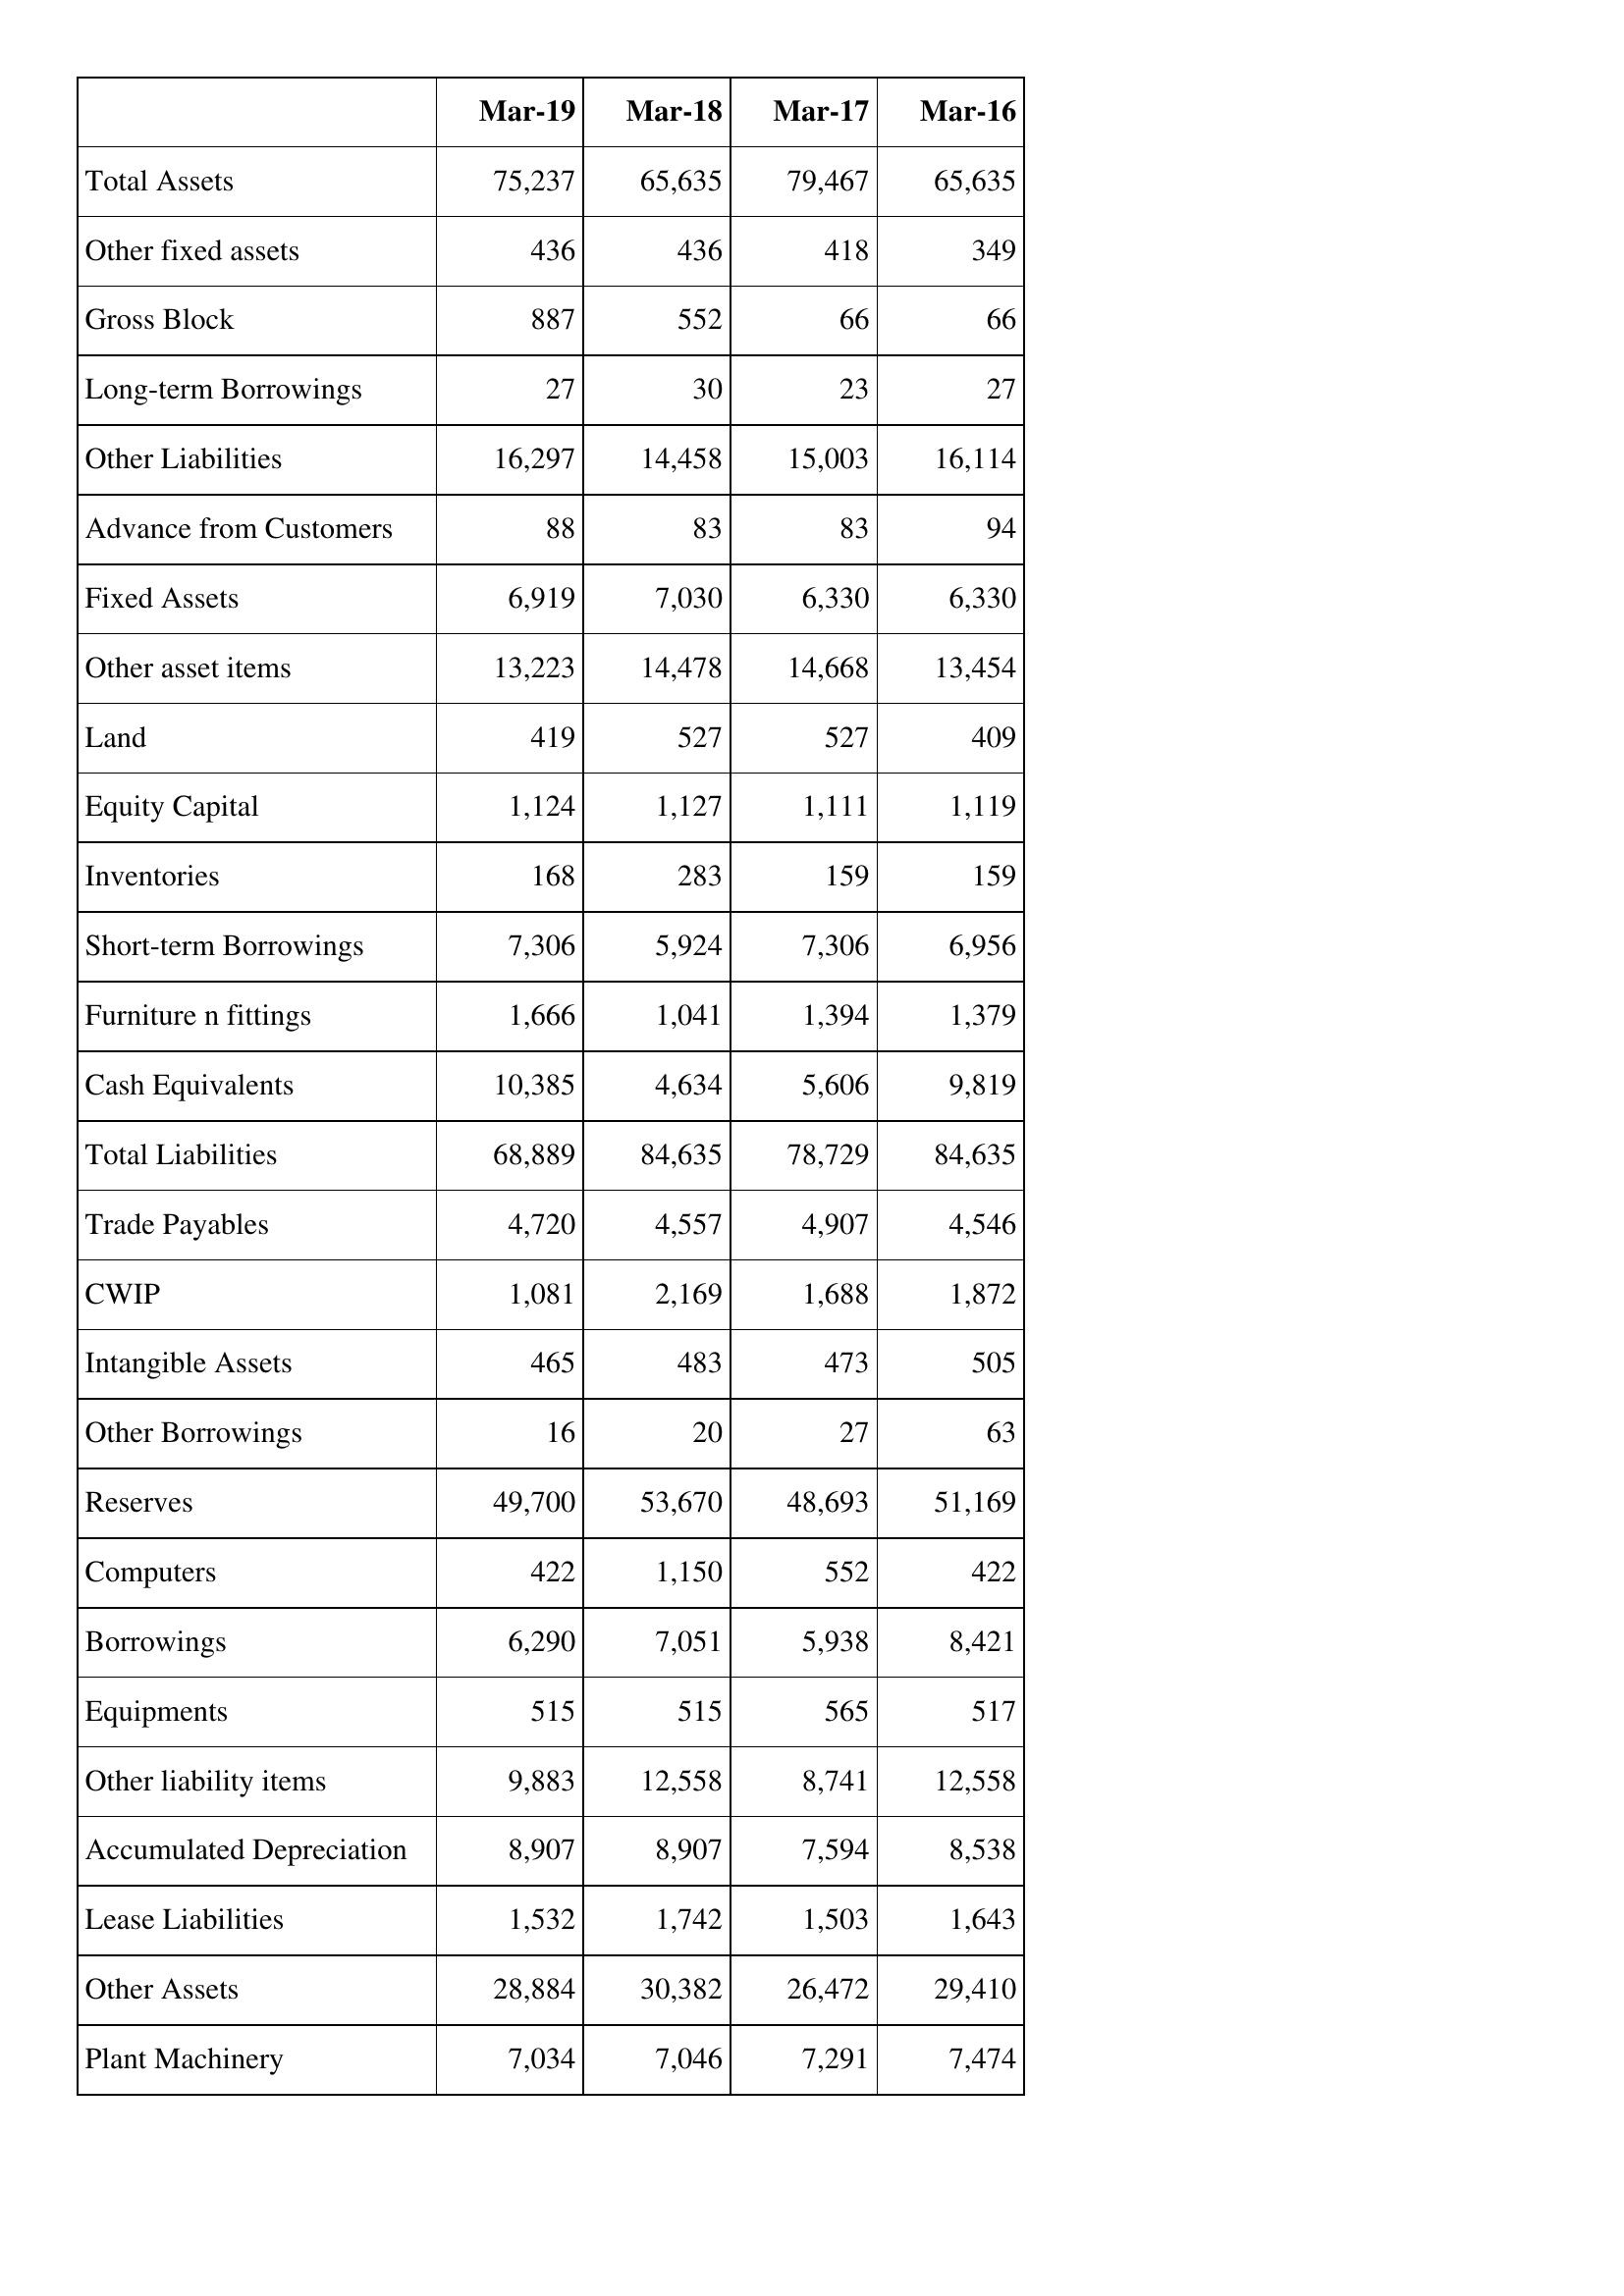
Mar-19: Balance Sheet: Total Assets: 75,237
Other fixed assets: 436
Gross Block: 887
Long-term Borrowings: 27
Other Liabilities: 16,297
Advance from Customers: 88
Fixed Assets: 6,919
Other asset items: 13,223
Land: 419
Equity Capital: 1,124
Inventories: 168
Short-term Borrowings: 7,306
Furniture n fittings: 1,666
Cash Equivalents: 10,385
Total Liabilities: 68,889
Trade Payables: 4,720
CWIP: 1,081
Intangible Assets: 465
Other Borrowings: 16
Reserves: 49,700
Computers: 422
Borrowings: 6,290
Equipments: 515
Other liability items: 9,883
Accumulated Depreciation: 8,907
Lease Liabilities: 1,532
Other Assets: 28,884
Plant Machinery: 7,034
Mar-18: Balance Sheet: Total Assets: 65,635
Other fixed assets: 436
Gross Block: 552
Long-term Borrowings: 30
Other Liabilities: 14,458
Advance from Customers: 83
Fixed Assets: 7,030
Other asset items: 14,478
Land: 527
Equity Capital: 1,127
Inventories: 283
Short-term Borrowings: 5,924
Furniture n fittings: 1,041
Cash Equivalents: 4,634
Total Liabilities: 84,635
Trade Payables: 4,557
CWIP: 2,169
Intangible Assets: 483
Other Borrowings: 20
Reserves: 53,670
Computers: 1,150
Borrowings: 7,051
Equipments: 515
Other liability items: 12,558
Accumulated Depreciation: 8,907
Lease Liabilities: 1,742
Other Assets: 30,382
Plant Machinery: 7,046
Mar-17: Balance Sheet: Total Assets: 79,467
Other fixed assets: 418
Gross Block: 66
Long-term Borrowings: 23
Other Liabilities: 15,003
Advance from Customers: 83
Fixed Assets: 6,330
Other asset items: 14,668
Land: 527
Equity Capital: 1,111
Inventories: 159
Short-term Borrowings: 7,306
Furniture n fittings: 1,394
Cash Equivalents: 5,606
Total Liabilities: 78,729
Trade Payables: 4,907
CWIP: 1,688
Intangible Assets: 473
Other Borrowings: 27
Reserves: 48,693
Computers: 552
Borrowings: 5,938
Equipments: 565
Other liability items: 8,741
Accumulated Depreciation: 7,594
Lease Liabilities: 1,503
Other Assets: 26,472
Plant Machinery: 7,291
Mar-16: Balance Sheet: Total Assets: 65,635
Other fixed assets: 349
Gross Block: 66
Long-term Borrowings: 27
Other Liabilities: 16,114
Advance from Customers: 94
Fixed Assets: 6,330
Other asset items: 13,454
Land: 409
Equity Capital: 1,119
Inventories: 159
Short-term Borrowings: 6,956
Furniture n fittings: 1,379
Cash Equivalents: 9,819
Total Liabilities: 84,635
Trade Payables: 4,546
CWIP: 1,872
Intangible Assets: 505
Other Borrowings: 63
Reserves: 51,169
Computers: 422
Borrowings: 8,421
Equipments: 517
Other liability items: 12,558
Accumulated Depreciation: 8,538
Lease Liabilities: 1,643
Other Assets: 29,410
Plant Machinery: 7,474